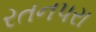
રતનપરા